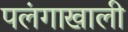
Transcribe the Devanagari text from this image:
पलंगाखाली